Vaccination in Bombay 1863-1868 - 1863-1868
Year: 1863
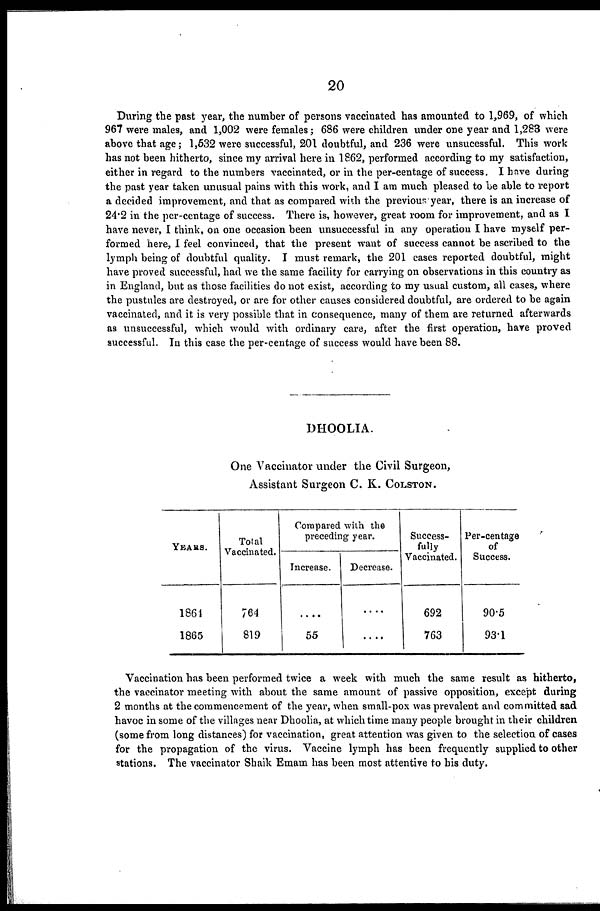
20
During the past year, the number of persons vaccinated has amounted to 1,969, of which
967 were males, and 1,002 were females; 686 were children under one year and 1,283 were
above that age; 1,532 were successful, 201 doubtful, and 236 were unsucessful. This work
has not been hitherto, since my arrival here in 1862, performed according to my satisfaction,
either in regard to the numbers vaccinated, or in the per-centage of success. I have during
the past year taken unusual pains with this work, and I am much pleased to be able to report
a decided improvement, and that as compared with the previous year, there is an increase of
24.2 in the per-centage of success. There is, however, great room for improvement, and as I
have never, I think, on one occasion been unsuccessful in any operation I have myself per-
formed here, I feel convinced, that the present want of success cannot be ascribed to the
lymph being of doubtful quality. I must remark, the 201 cases reported doubtful, might
have proved successful, had we the same facility for carrying on observations in this country as
in England, but as those facilities do not exist, according to my usual custom, all cases, where
the pustules are destroyed, or are for other causes considered doubtful, are ordered to be again
vaccinated, and it is very possible that in consequence, many of them are returned afterwards
as unsuccessful, which would with ordinary care, after the first operation, have proved
successful. In this case the per-centage of success would have been 88.
DHOOLIA.
One Vaccinator under the Civil Surgeon,
Assistant Surgeon C. K. COLSTON.
YEARS.
1864
1865
Total
Vaccinated.
764
819
Compared with the
preceding year.
Increase.
....
55
Decrease.
....
....
Success-
fully
Vaccinated.
692
763
Per-centage
of
Success.
90.5
93.1
Vaccination has been performed twice a week with much the same result as hitherto,
the vaccinator meeting with about the same amount of passive opposition, except during
2 months at the commencement of the year, when small-pox was prevalent and committed sad
havoc in some of the villages near Dhoolia, at which time many people brought in their children
(some from long distances) for vaccination, great attention was given to the selection of cases
for the propagation of the virus. Vaccine lymph has been frequently supplied to other
stations. The vaccinator Shaik Emam has been most attentive to his duty.